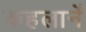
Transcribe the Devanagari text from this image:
कहलानें